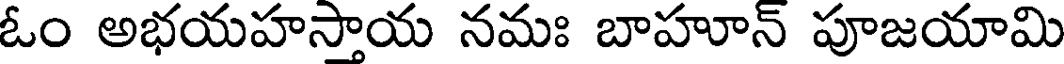
ఓం అభయహస్తాయ నమః బాహూన్ పూజయామి